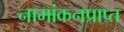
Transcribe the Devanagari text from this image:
नामांकनप्राप्त